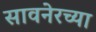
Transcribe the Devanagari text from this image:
सावनेरच्या